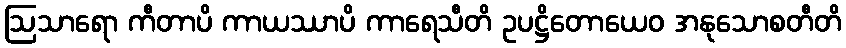
ဩသာရော ကီတာပိ ကာယဿာပိ ကာရေသီတိ ဥပဋ္ဌိတောယေဝ အနုသောစတီတိ